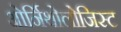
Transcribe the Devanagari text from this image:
ओर्निथोलोजिस्ट